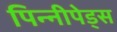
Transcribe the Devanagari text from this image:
पिन्नीपेड्स